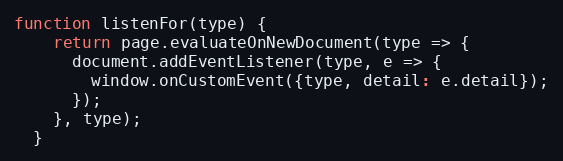
Language: JavaScript
function listenFor(type) {
    return page.evaluateOnNewDocument(type => {
      document.addEventListener(type, e => {
        window.onCustomEvent({type, detail: e.detail});
      });
    }, type);
  }